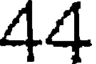
44